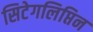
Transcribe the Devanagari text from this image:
सिटेगलिप्तिन